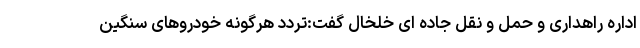
اداره راهداری و حمل و نقل جاده ای خلخال گفت:تردد هرگونه خودروهای سنگین